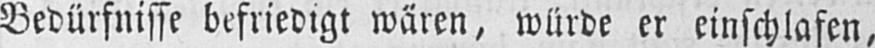
Bedürfnisse befriedigt wären, würde er einschlafen,